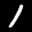
Label: 1